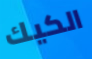
الكيك